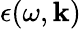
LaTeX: \epsilon(\omega,\boldsymbol{\mathbf{k}})